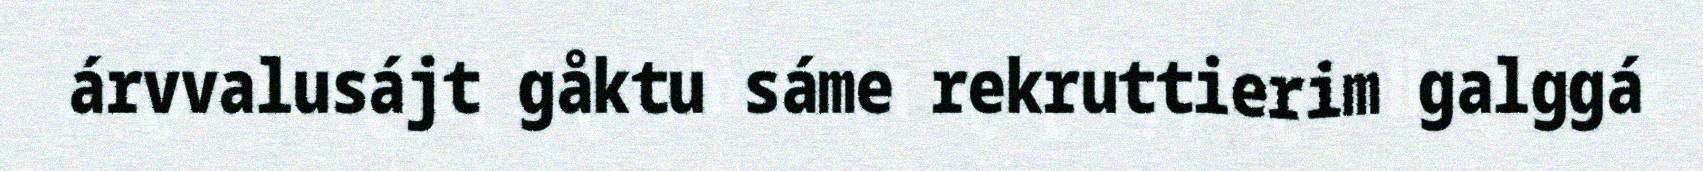
árvvalusájt gåktu sáme rekruttierim galggá